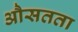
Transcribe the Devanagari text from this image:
औसतता